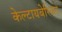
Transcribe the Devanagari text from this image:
केल्टायबेरियन